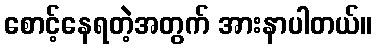
စောင့်နေရတဲ့အတွက် အားနာပါတယ်။